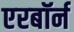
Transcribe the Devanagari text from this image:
एरबॉर्न